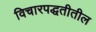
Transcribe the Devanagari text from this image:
विचारपद्धतीतील